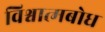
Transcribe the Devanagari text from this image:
विश्वात्मबोध